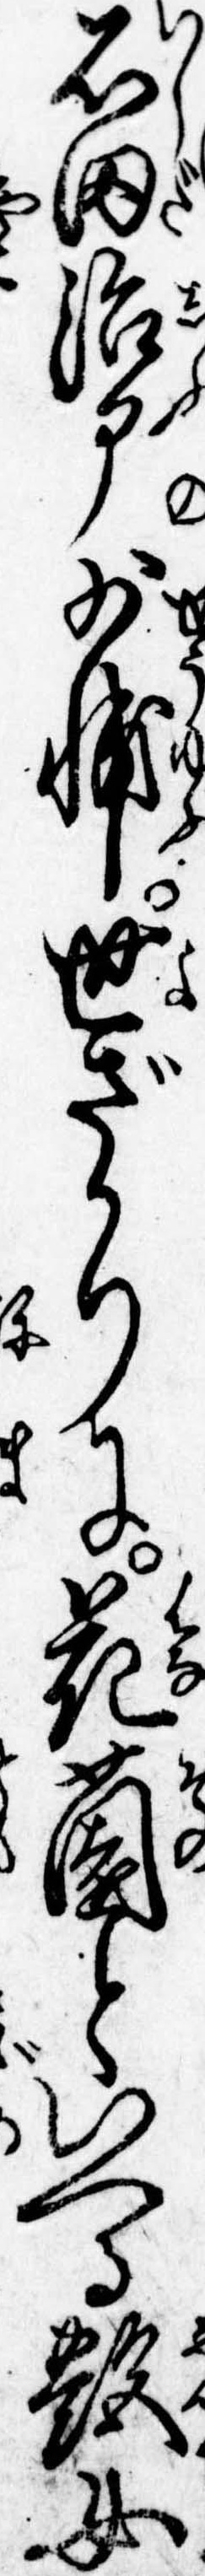
石田治部少輔世ざかりに花園といへる艶女